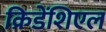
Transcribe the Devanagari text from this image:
क्रिडेंशिएल